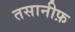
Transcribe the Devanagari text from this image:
तसानीफ़